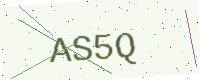
Text: AS5Q